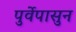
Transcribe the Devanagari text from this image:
पुर्वेपासुन